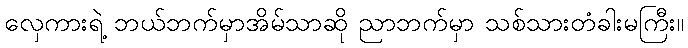
လှေကားရဲ့ ဘယ်ဘက်မှာအိမ်သာဆို ညာဘက်မှာ သစ်သားတံခါးမကြီး။